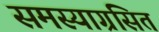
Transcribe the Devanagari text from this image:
समस्याग्रसित